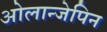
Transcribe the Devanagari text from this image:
ओलान्जेपिन